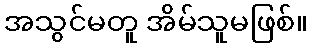
အသွင်မတူ အိမ်သူမဖြစ်။